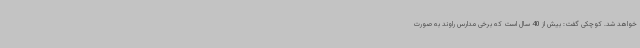
خواهد شد. کوچکی گفت: بیش از 40 سال است که برخی مدارس راوند به صورت